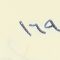
١٦٩